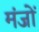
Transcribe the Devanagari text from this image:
मंजों